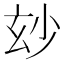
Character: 玅